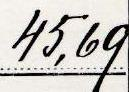
45,69